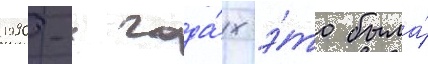
1990-х года́х э́то была́